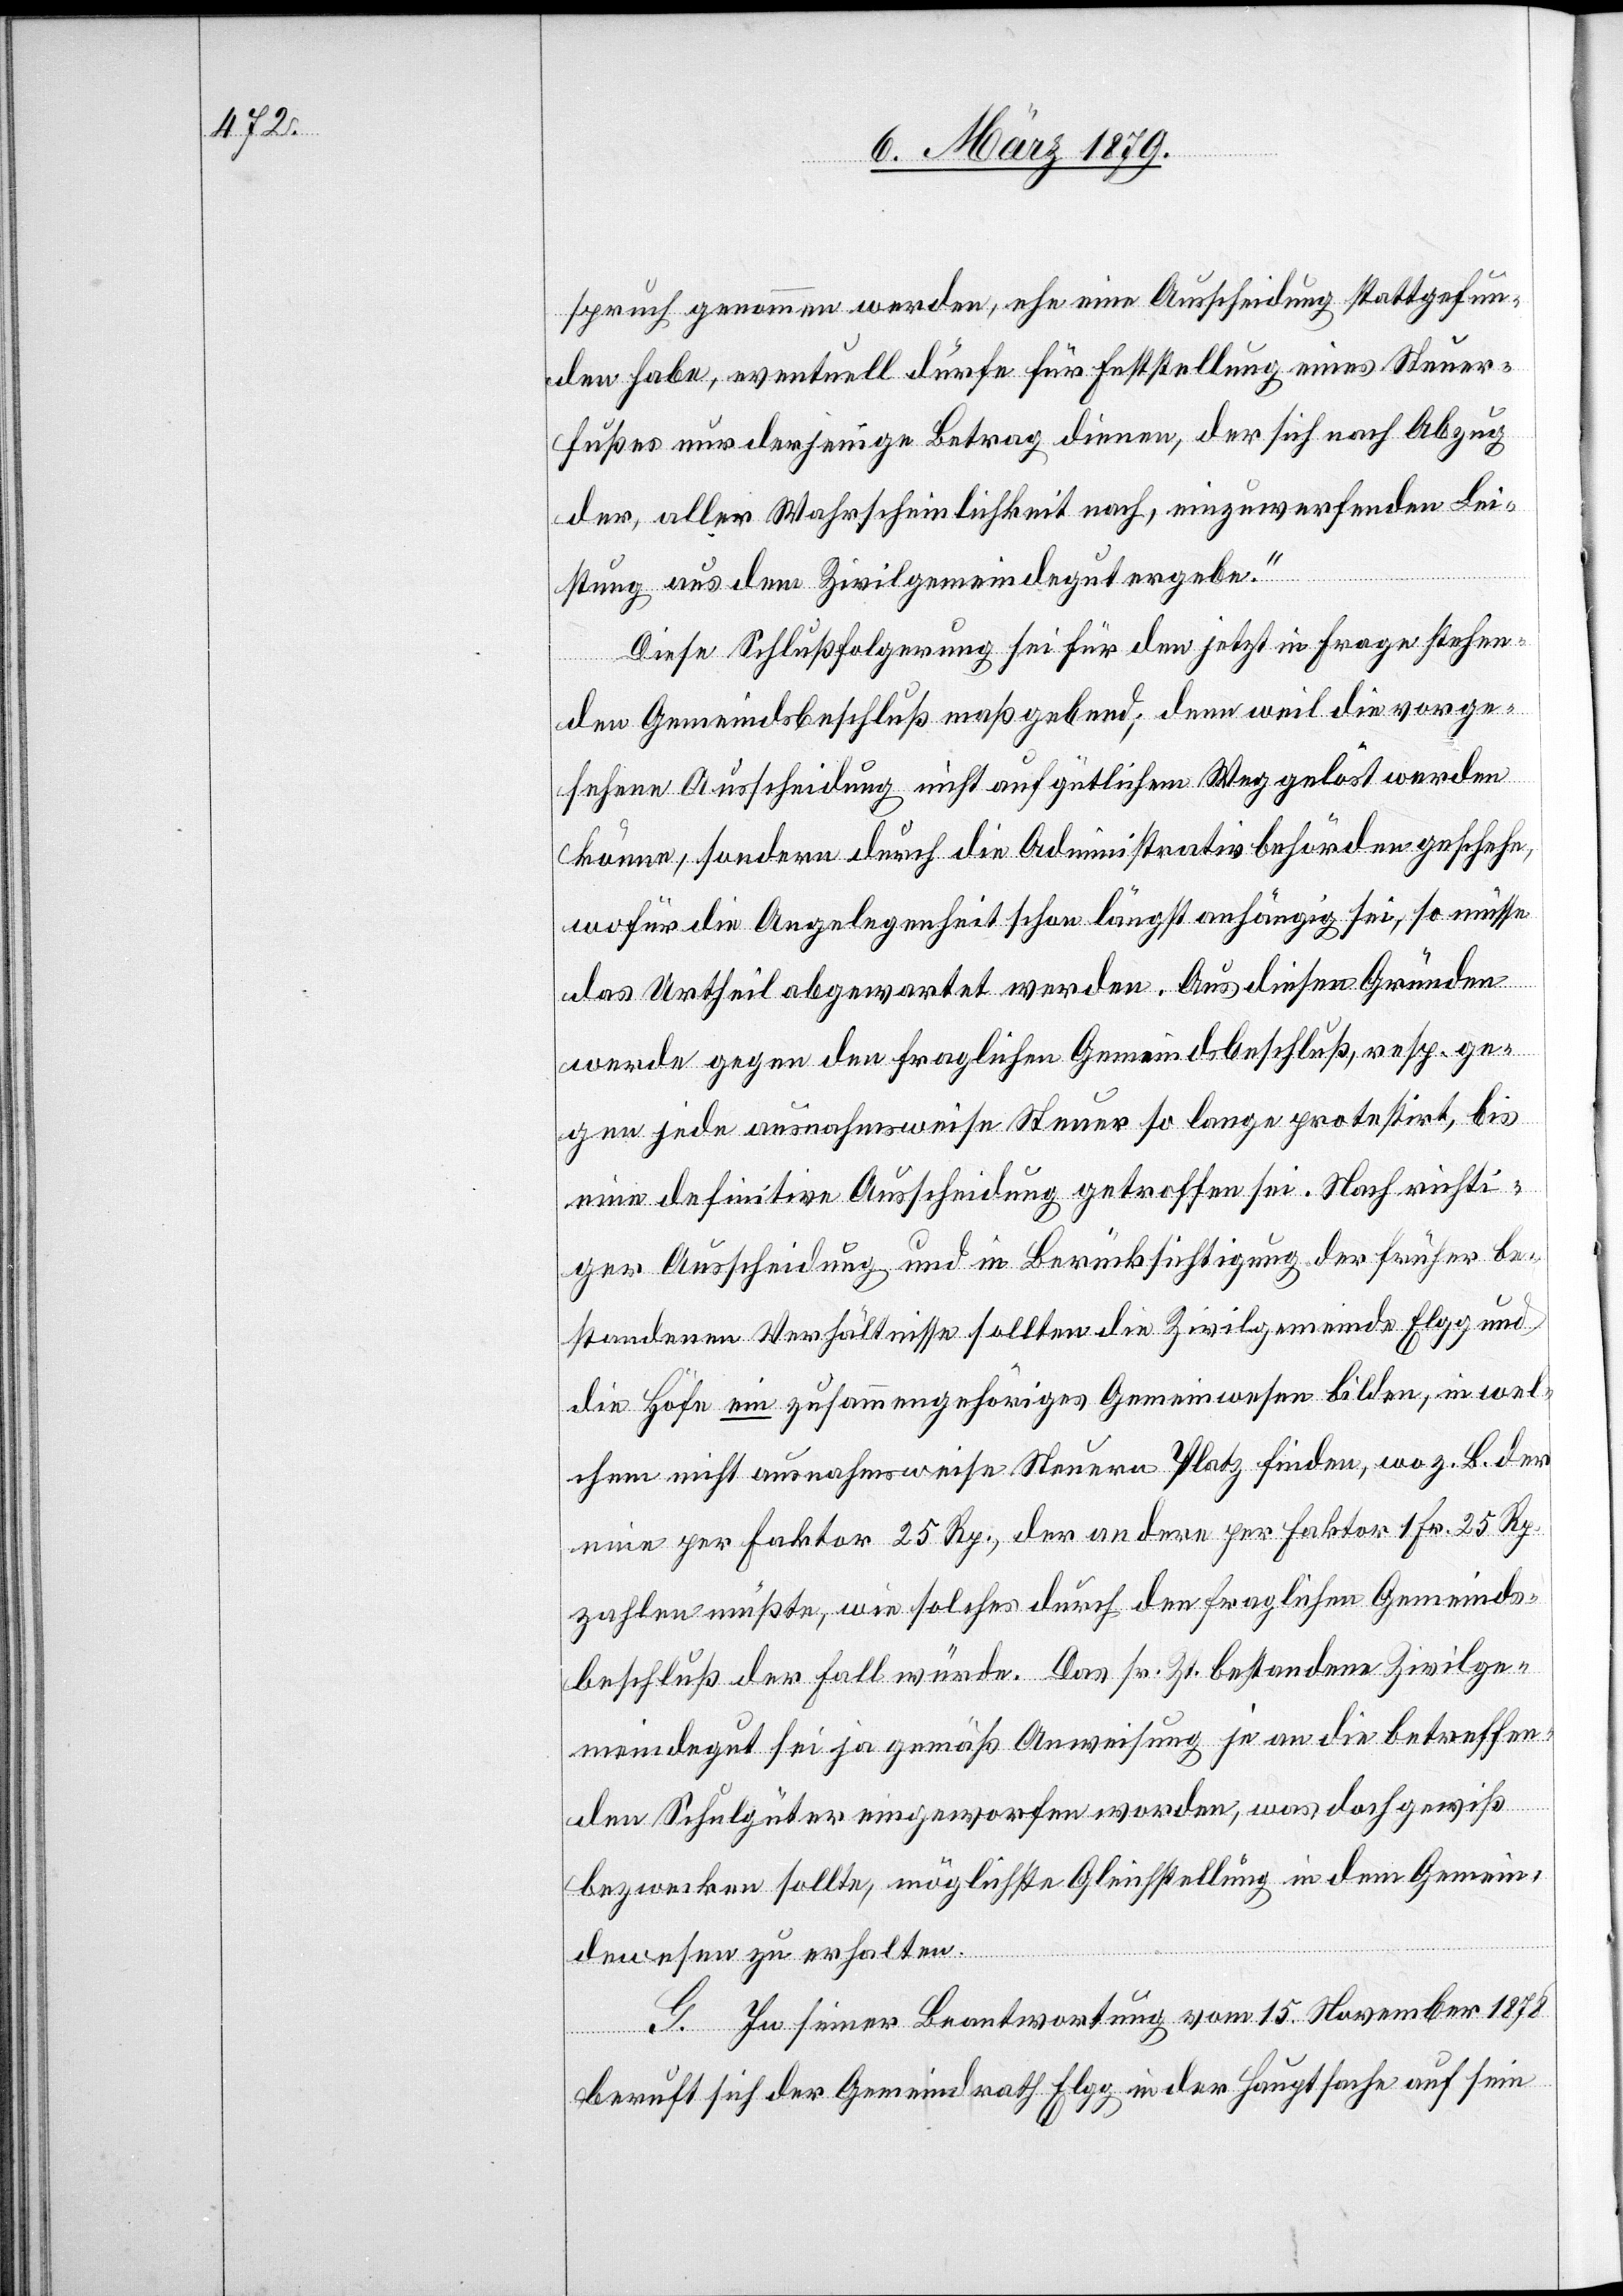
spruch genommen werden, ehe eine Ausscheidung stattgefun¬
den habe, eventuell dürfe für Feststellung eines Steuer¬
fußes nur derjenige Betrag dienen, der sich nach Abzug
der, aller Wahrscheinlichkeit nach, einzuwerfenden Lei¬
stung aus dem Zivilgemeindegut ergebe.“
Diese Schlußfolgerung sei für den jetzt in Frage stehen¬
den Gemeindebeschluß maßgebend; denn weil die vorge¬
sehene Ausscheidung nicht auf gütlichem Weg gelöst werden
könne, sondern durch die Administrativbehörden geschehe,
wofür die Angelegenheit längst anhängig sei, so müsse
das Urtheil abgewartet werden. Aus diesen Gründen
werde gegen den fraglichen Gemeindsbeschluß, resp. ge¬
gen jede ausnahmsweise Steuer so lange protestirt, bis
eine definitive Ausscheidung getroffen sei. Nach richti¬
ger Ausscheidung und in Berücksichtigung der früher be¬
standenen Verhältnisse sollten die Zivilgemeinde Elgg und
die Höfe ein zusammengehöriges Gemeinwesen bilden, in wel¬
chem nicht ausnahmsweise Steuern Platz finden, wo z. B. der
eine per Faktor 25 Rp., der andere per Faktor 1 Fr. 25 Rp.
zahlen müßte, wie solches durch den fraglichen Gemeinds¬
beschluß der Fall würde. Das sr. Zt. bestandene Zivilge¬
meindegut sei ja gemäß Anweisung je an die betreffen¬
den Schulgüter eingeworfen worden, was doch gewiß
bezwecken sollte, möglichste Gleichstellung in dem Gemein¬
dewesen zu erhalten.
G. In seiner Beantwortung vom 15. November 1878
beruft sich der Gemeindrath Elgg in der Hauptsache auf sein